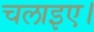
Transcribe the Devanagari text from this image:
चलाइए।